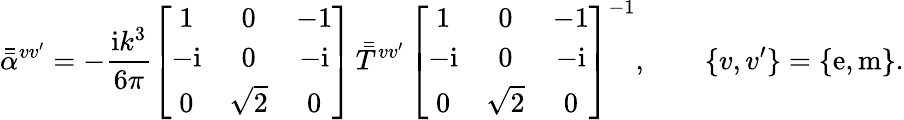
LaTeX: \bar{\bar{\alpha}}^{vv^{\prime}}=-\frac{\mathrm{i}k^{3}}{6\pi}\left[\begin{array}{ccc}{1}&{0}&{-1}\\ {-\mathrm{i}}&{0}&{-\mathrm{i}}\\ {0}&{\sqrt{2}}&{0}\end{array}\right]\, \bar{\bar{T}}^{vv^{\prime}}\, \left[\begin{array}{ccc}{1}&{0}&{-1}\\ {-\mathrm{i}}&{0}&{-\mathrm{i}}\\ {0}&{\sqrt{2}}&{0}\end{array}\right]^{-1},\qquad\{ v,v^{\prime}\} =\{ \mathrm{e,m}\} .